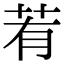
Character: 䒴